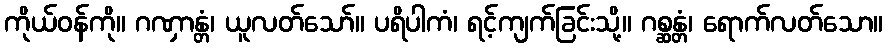
ကိုယ်ဝန်ကို။ ဂဏှာန္တံ၊ ယူလတ်သော်။ ပရိပါကံ၊ ရင့်ကျက်ခြင်းသို့။ ဂစ္ဆန္တံ၊ ရောက်လတ်သော။